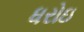
ધરોઇ